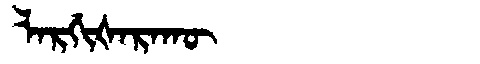
Manchu: ᠯᠠᡵᡤᡳᡧᠠᡵᠠᡴᡡ
Romanization: LARGIŠARAKŪ